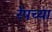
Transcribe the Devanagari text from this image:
रेपच्या